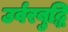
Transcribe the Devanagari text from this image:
उर्वरबुद्धि